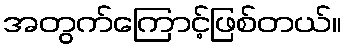
အတွက်ကြောင့်ဖြစ်တယ်။